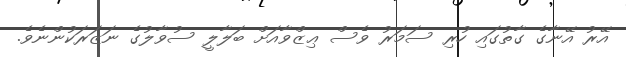
އޭރު އޭނާގެ ގާތުގައި ހުރި ސަމަރު ވެސް ޢިޒްވާއަށް ބަލާލީ ސުވާލުގެ ނަޒަރަކުންނެވެ.